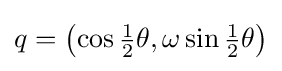
q=\left(\cos {{\tfrac {1}{2}}\theta },\omega \sin {{\tfrac {1}{2}}\theta }\right)